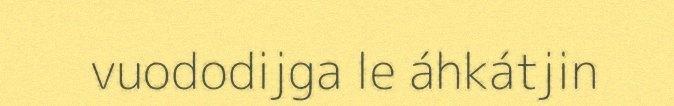
vuododijga le áhkátjin